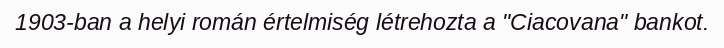
1903-ban a helyi román értelmiség létrehozta a "Ciacovana" bankot.